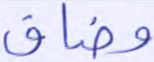
وضاق